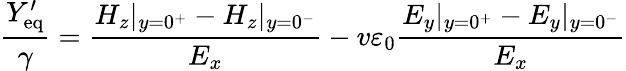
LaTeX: \frac{Y_{\mathrm{eq}}^{\prime}}{\gamma}=\frac{H_{z}|_{y=0^{+}}-H_{z}|_{y=0^{-}}}{E_{x}}-v\varepsilon_{0}\frac{E_{y}|_{y=0^{+}}-E_{y}|_{y=0^{-}}}{E_{x}}